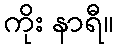
ကိုး နာရီ။